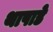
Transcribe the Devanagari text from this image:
थापाडे